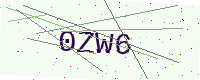
Text: 0ZW6